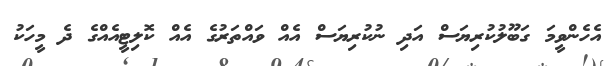
އެހެންވީމަ ގަބޫލުކުރިޔަސް އަދި ނުކުރިޔަސް އެއް ވައްތަރުގެ އެއް ކޮލިޓީއެއްގެ ދެ މީހަކު